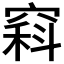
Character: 𥧇